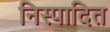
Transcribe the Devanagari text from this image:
निस्पादित